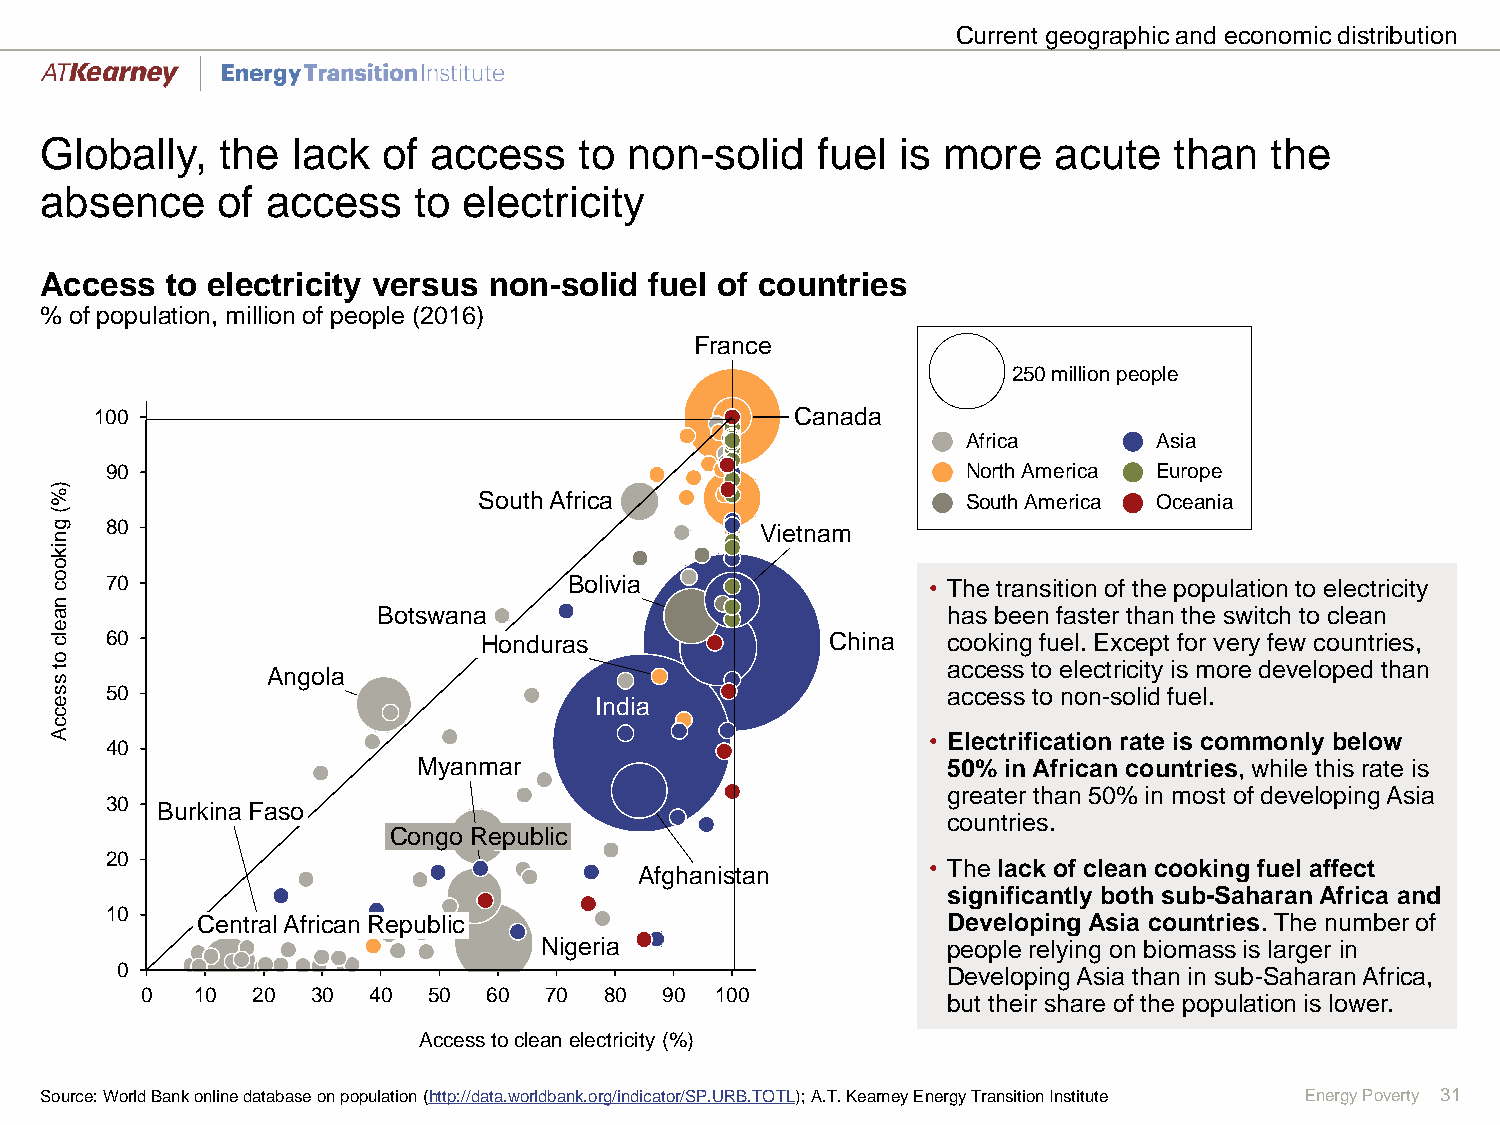
Current geographic and economic distribution
 Globally,  the  lack  of access    to  non-solid   fuel  is more   acute   than  the
 absence    of  access   to  electricity
 130
 Access  to electricity versus non-solid fuel of countries
 120
 % of population, million of people (2016)
 France
 110
 250 million people
 100                                            Canada
 Africa       Asia
 90                                                       North America Europe
 )
 %                            South Africa                    South America Oceania
 (
 g   80                                         Vietnam
 n
 ik
 o
 o c 70                             Bolivia                 • The transition of the population to electricity
 n
 a                     Botswana                              has been faster than the switch to clean
 e
 lc  60                       Honduras               China   cooking fuel. Except for very few countries,
 o
 t
 s
 Angola                                       access to electricity is more developed than
 s   50                                                      access to non-solid fuel.
 e                                   India
 c
 c
 A                                                          • Electrification rate is commonly below
 40
 Myanmar                            50% in African countries, while this rate is
 greater than 50% in most of developing Asia
 30 Burkina Faso
 countries.
 Congo Republic
 20
 • The lack of clean cooking fuel affect
 Afghanistan
 significantly both sub-Saharan Africa and
 10
 Central African Republic                          Developing Asia countries. The number of
 Nigeria                    people relying on biomass is larger in
 0                                                      Developing Asia than in sub-Saharan Africa,
 0   10  20  30 40  50  60  70  80  90 100 110 120 130 140
 but their share of the population is lower.
 Access to clean electricity (%)
 Source: World Bank online database on population (http://data.worldbank.org/indicator/SP.URB.TOTL); A.T.Kearney Energy Transition Institute Energy Poverty 31